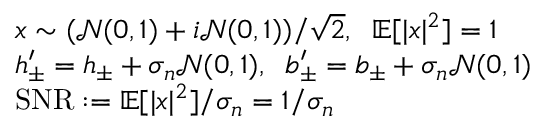
\begin{array} { r l } & { x \sim ( \mathcal { N } ( 0 , 1 ) + i \mathcal { N } ( 0 , 1 ) ) / \sqrt { 2 } , \; \; \mathbb { E } [ | x | ^ { 2 } ] = 1 } \\ & { h _ { \pm } ^ { \prime } = h _ { \pm } + \sigma _ { n } \mathcal { N } ( 0 , 1 ) , \; \; b _ { \pm } ^ { \prime } = b _ { \pm } + \sigma _ { n } \mathcal { N } ( 0 , 1 ) } \\ & { \mathrm { S N R } : = \mathbb { E } [ | x | ^ { 2 } ] / \sigma _ { n } = 1 / \sigma _ { n } } \end{array}